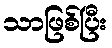
သာဖြစ်ပြီး